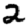
Digit: 2